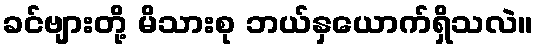
ခင်ဗျားတို့ မိသားစု ဘယ်နှယောက်ရှိသလဲ။